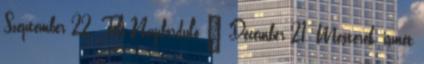
Szeptember 22. Téli Napforduló – December 21. Mesterek, ismét